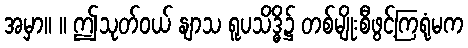
အမှာ။ ။ ဤသုတ်ဝယ် နျာသ ရူပသိဒ္ဓိ၌ တစ်မျိုးစီဖွင့်ကြရုံမက